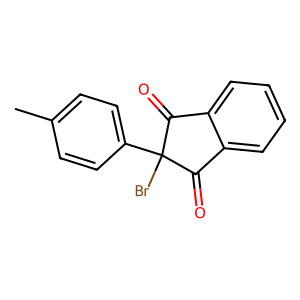
SMILES: Cc1ccc(C2(Br)C(=O)c3ccccc3C2=O)cc1
Inhibits HIV replication: No